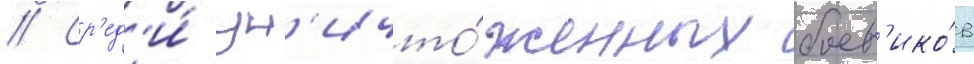
// Ср'ед'и́ ун'ичто́женных боев'ико́в